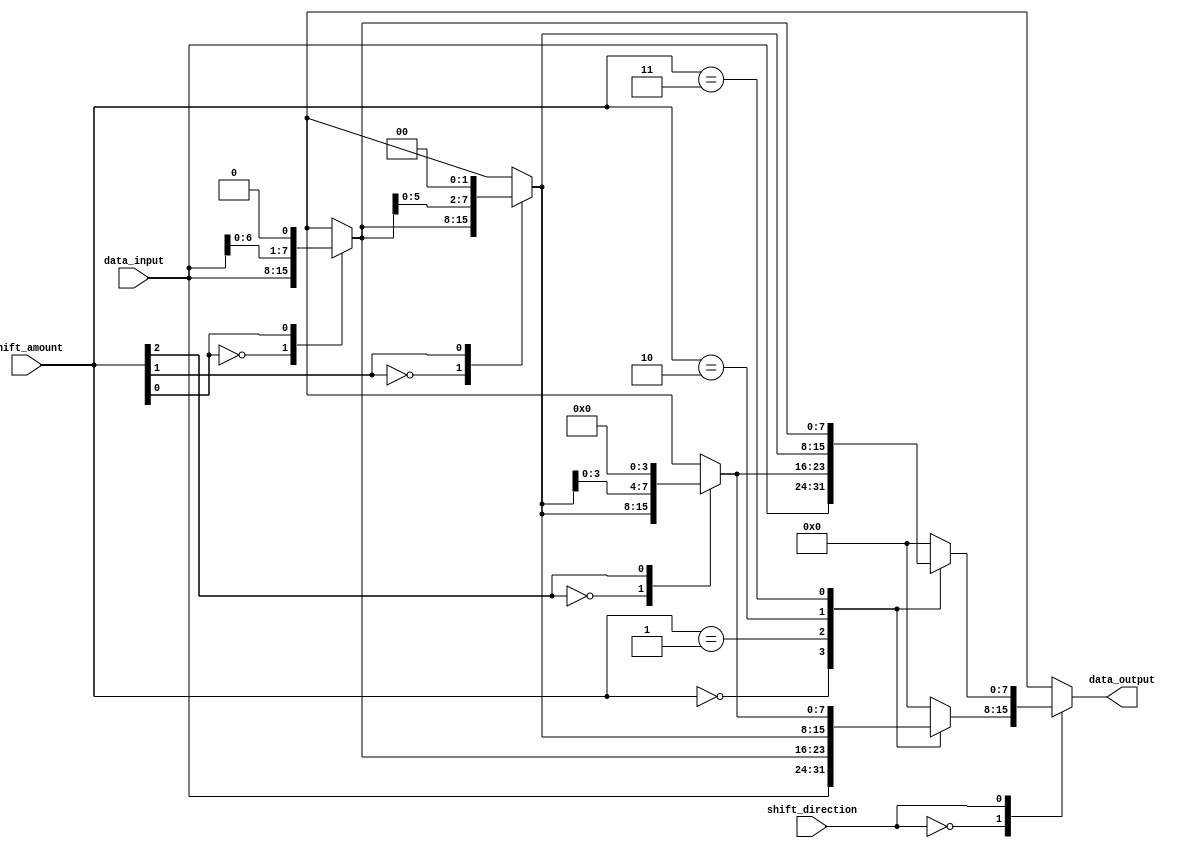
module sparse_barrel_shifter (
    input [7:0] data_input,
    input [2:0] shift_amount,
    input shift_direction,
    output reg [7:0] data_output
);

reg [7:0] stage0_output, stage1_output, stage2_output;

always @(*) begin
    case(shift_direction)
        1'b0: begin // right shift
            case(shift_amount)
                3'b000: data_output = data_input; // no shift
                3'b001: data_output = stage0_output; // shift by 1
                3'b010: data_output = stage1_output; // shift by 2
                3'b011: data_output = stage2_output; // shift by 3
                default: data_output = 8'b0; // default no shift
            endcase
        end
        1'b1: begin // left shift
            case(shift_amount)
                3'b000: data_output = data_input; // no shift
                3'b001: data_output = stage2_output; // shift by 1
                3'b010: data_output = stage1_output; // shift by 2
                3'b011: data_output = stage0_output; // shift by 3
                default: data_output = 8'b0; // default no shift
            endcase
        end
    endcase
end

// Stage 0
always @(*) begin
    case(shift_amount[0])
        1'b0: stage0_output = data_input;
        1'b1: stage0_output = data_input << 1;
    endcase
end

// Stage 1
always @(*) begin
    case(shift_amount[1])
        1'b0: stage1_output = stage0_output;
        1'b1: stage1_output = stage0_output << 2;
    endcase
end

// Stage 2
always @(*) begin
    case(shift_amount[2])
        1'b0: stage2_output = stage1_output;
        1'b1: stage2_output = stage1_output << 4;
    endcase
end

endmodule